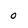
Character: 0